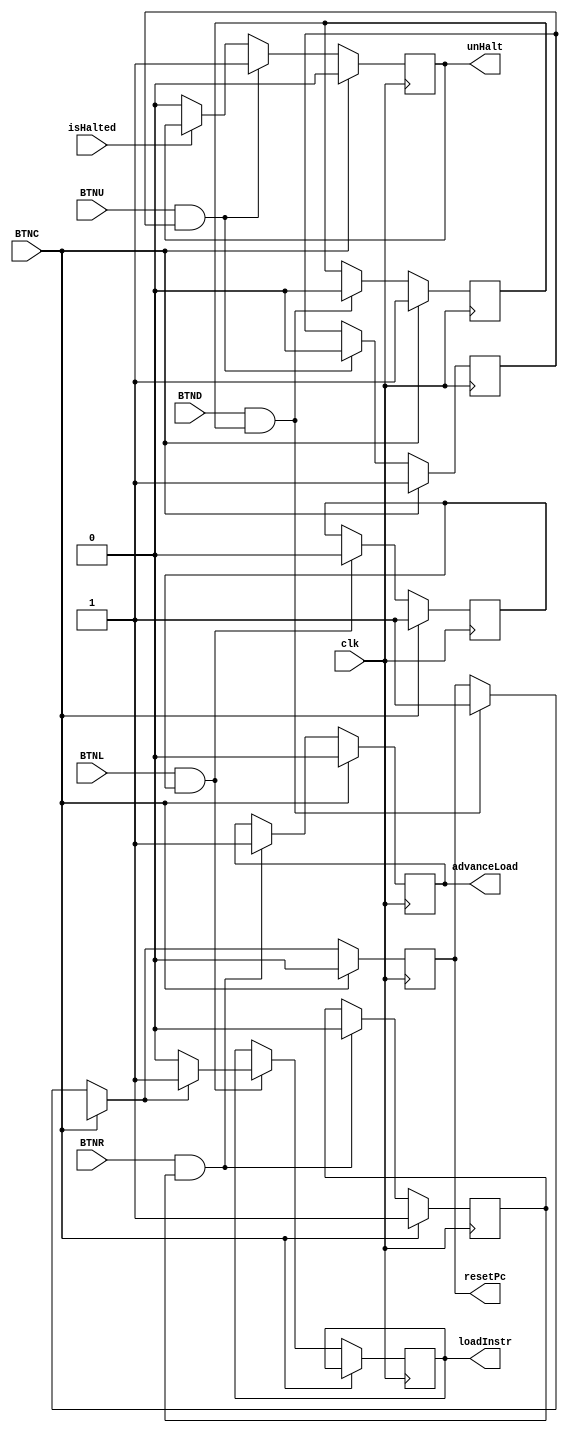
`timescale 1ns / 1ps
//////////////////////////////////////////////////////////////////////////////////
// Company: 
// Engineer: 
// 
// Design Name: 
// Module Name: Btn_ctrl
// Project Name: 
// Target Devices: 
// Tool Versions: 
// Description: 
// 
// Dependencies: 
// 
// Revision:
// Revision 0.01 - File Created
// Additional Comments:
// 
//////////////////////////////////////////////////////////////////////////////////


module Btn_ctrl(clk, BTND, BTNU, BTNC, BTNL, BTNR, isHalted,
                unHalt, resetPc, loadInstr, advanceLoad
                );
    input      clk, BTND, BTNU, BTNC, BTNL, BTNR, isHalted;
    output reg unHalt, resetPc, loadInstr, advanceLoad;
    wire uHltBtn = BTNU;
    wire rPcBtn = BTND;
    wire deBounce = BTNC;
    wire loadInstrBtn = BTNL;
    wire advLoadBtn = BTNR;
    
    
    reg canSignalUnHalt;
    reg canSignalResetPc;
    reg canCycleAdvanceLoad;
    reg canSwitchLoad;
    
    always@(posedge clk) begin
        if (deBounce) begin
            unHalt    = 1'b0;
            resetPc   = 1'b0;
            advanceLoad = 1'b0;
            canSignalUnHalt = 1'b1;
            canSignalResetPc = 1'b1;
            canCycleAdvanceLoad = 1'b1;
            canSwitchLoad = 1'b1;
        end
        else begin 
            if (uHltBtn && canSignalUnHalt) begin
                unHalt = 1'b1;
                canSignalUnHalt = 1'b0;
            end else if(isHalted == 1'b0)
                unHalt = 1'b0;
                
            if (rPcBtn && canSignalResetPc) begin
                resetPc = 1'b1;
                canSignalResetPc = 1'b0;
            end
            
            if(advLoadBtn && canCycleAdvanceLoad) begin
                advanceLoad = 1'b1;
                canCycleAdvanceLoad = 1'b0;
            end
            
            if(loadInstrBtn && canSwitchLoad) begin
                if (resetPc)
                    loadInstr = 1'b1;
                else
                    loadInstr = 1'b0;
                canSwitchLoad = 1'b0;
            end
            
        end
    end
    
    
endmodule